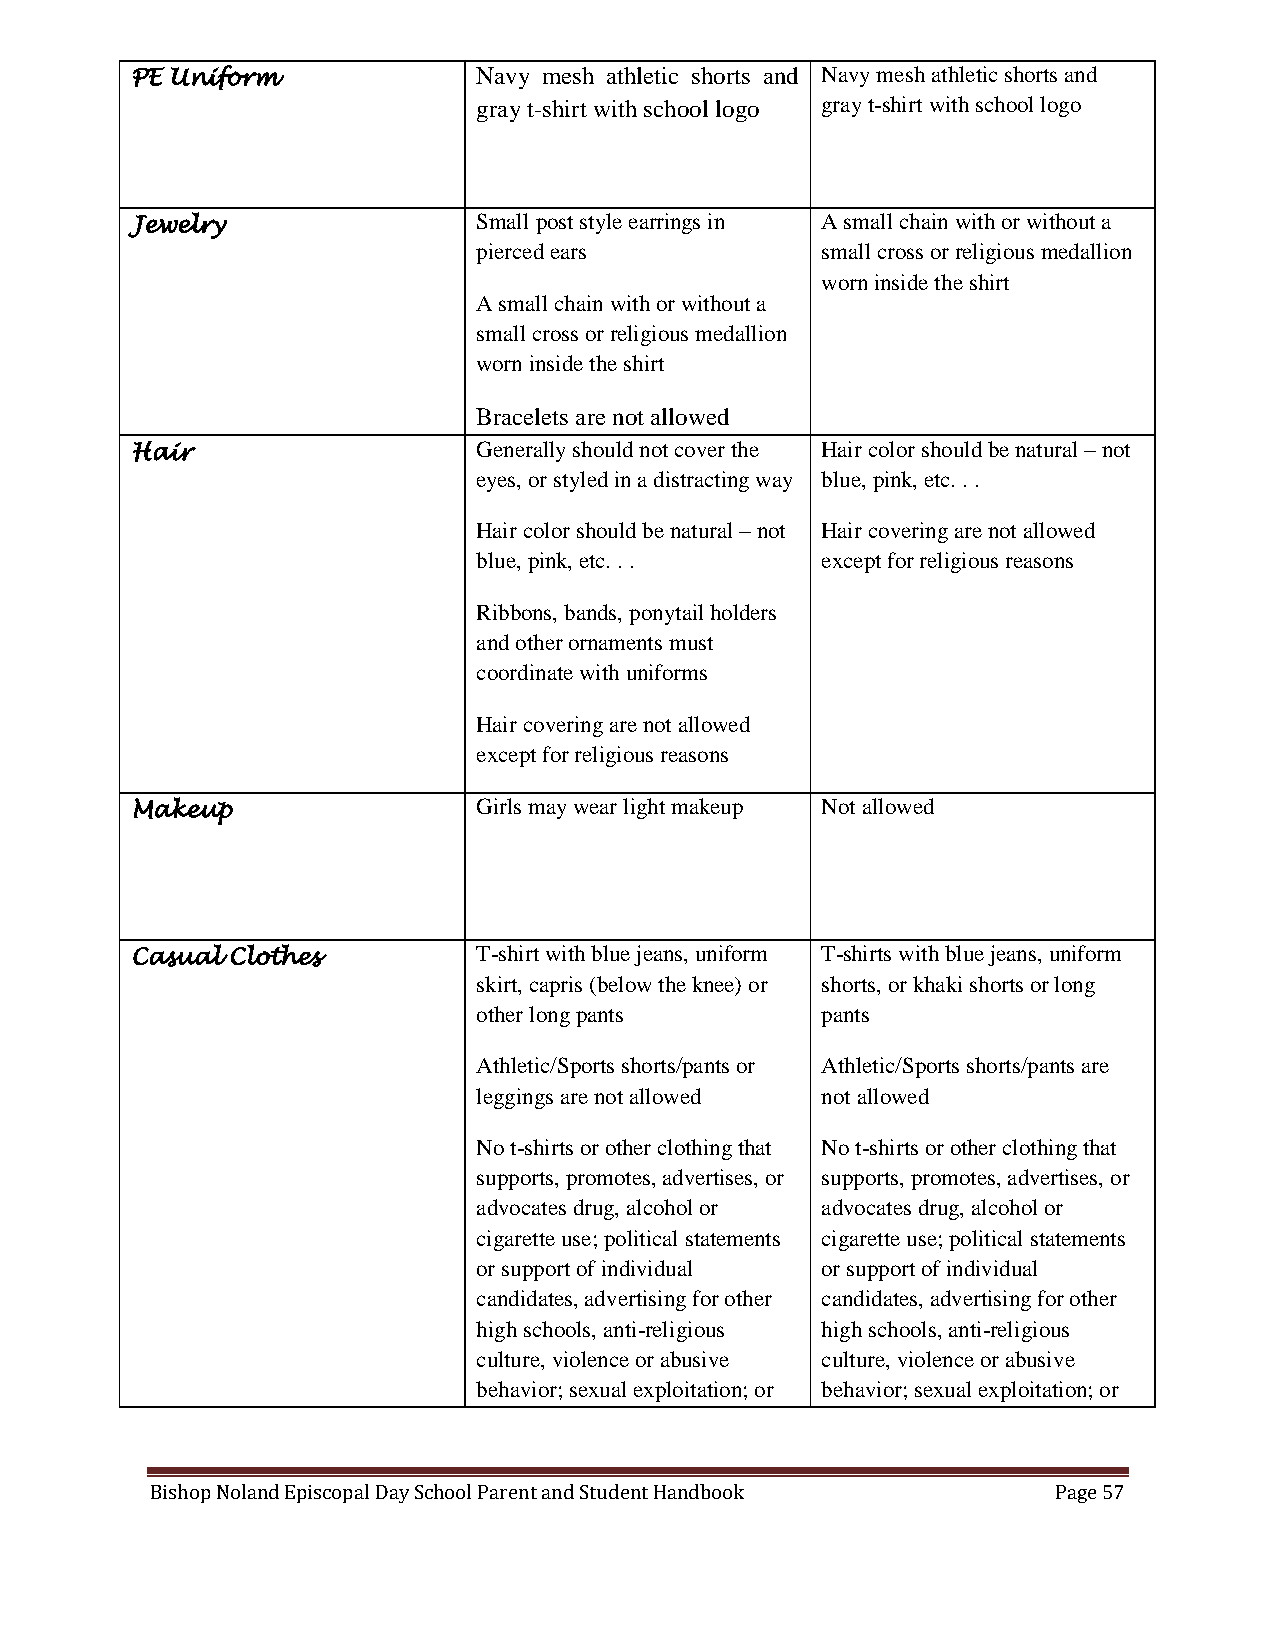
PE Uniform             Navy mesh athletic shorts and Navy mesh athletic shorts and
 gray t-shirt with school logo gray t-shirt with school logo
 Jewelry                Small post style earrings in A small chain with or without a
 pierced ears          small cross or religious medallion
 worn inside the shirt
 A small chain with or without a
 small cross or religious medallion
 worn inside the shirt
 Bracelets are not allowed
 Hair                   Generally should not cover the Hair color should be natural – not
 eyes, or styled in a distracting way blue, pink, etc. . .
 Hair color should be natural – not Hair covering are not allowed
 blue, pink, etc. . .  except for religious reasons
 Ribbons, bands, ponytail holders
 and other ornaments must
 coordinate with uniforms
 Hair covering are not allowed
 except for religious reasons
 Makeup                 Girls may wear light makeup Not allowed
 Casual Clothes         T-shirt with blue jeans, uniform T-shirts with blue jeans, uniform
 skirt, capris (below the knee) or shorts, or khaki shorts or long
 other long pants      pants
 Athletic/Sports shorts/pants or Athletic/Sports shorts/pants are
 leggings are not allowed not allowed
 No t-shirts or other clothing that No t-shirts or other clothing that
 supports, promotes, advertises, or supports, promotes, advertises, or
 advocates drug, alcohol or advocates drug, alcohol or
 cigarette use; political statements cigarette use; political statements
 or support of individual or support of individual
 candidates, advertising for other candidates, advertising for other
 high schools, anti-religious high schools, anti-religious
 culture, violence or abusive culture, violence or abusive
 behavior; sexual exploitation; or behavior; sexual exploitation; or
 Bishop Noland Episcopal Day School Parent and Student Handbook Page 57